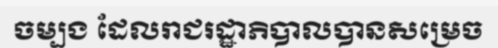
ចម្បង ដែលរាជរដ្ឋាភិបាលបានសម្រេច